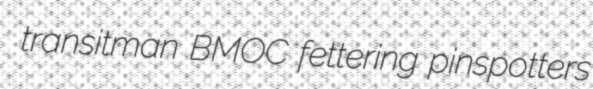
transitman BMOC fettering pinspotters